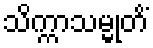
သိက္ကာသမ္မုတိံ